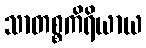
သာတစ္စကိရိယာယ